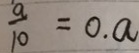
\frac { a } { 1 0 } = 0 . a